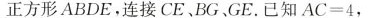
正方形ABDE，连接CE、BG、GE。已知$$A C = 4$$，